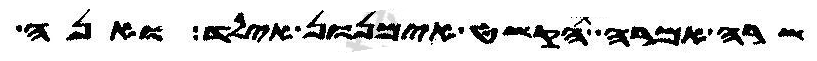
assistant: שרה אמרה הקשט אימנון אילד ואנה